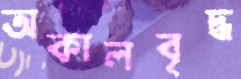
অকালবৃদ্ধ